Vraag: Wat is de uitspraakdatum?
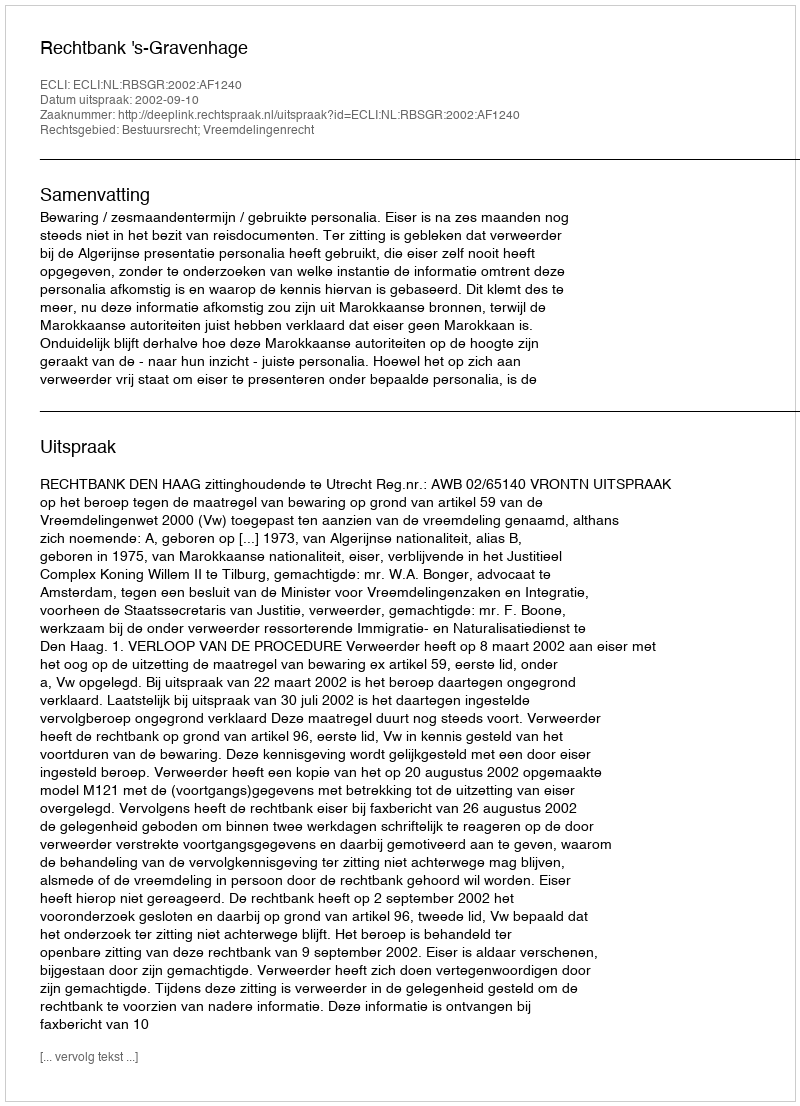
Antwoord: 2002-09-10